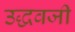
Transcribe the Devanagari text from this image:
उद्धवजी